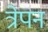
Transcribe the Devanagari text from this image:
त्रेपन